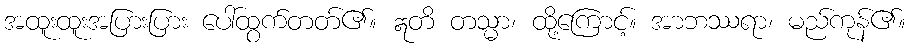
အထူးထူးအပြားပြား ပေါ်ထွက်တတ်၏။ ဣတိ တသ္မာ၊ ထို့ကြောင့်။ အာဘဿရာ၊ မည်ကုန်၏။